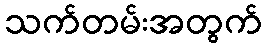
သက်တမ်းအတွက်